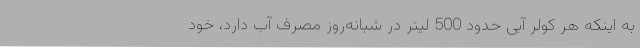
به اینکه هر کولر آبی حدود 500 لیتر در شبانه‌روز مصرف آب دارد، خود